Cholera in southern India
Disease focus: Cholera
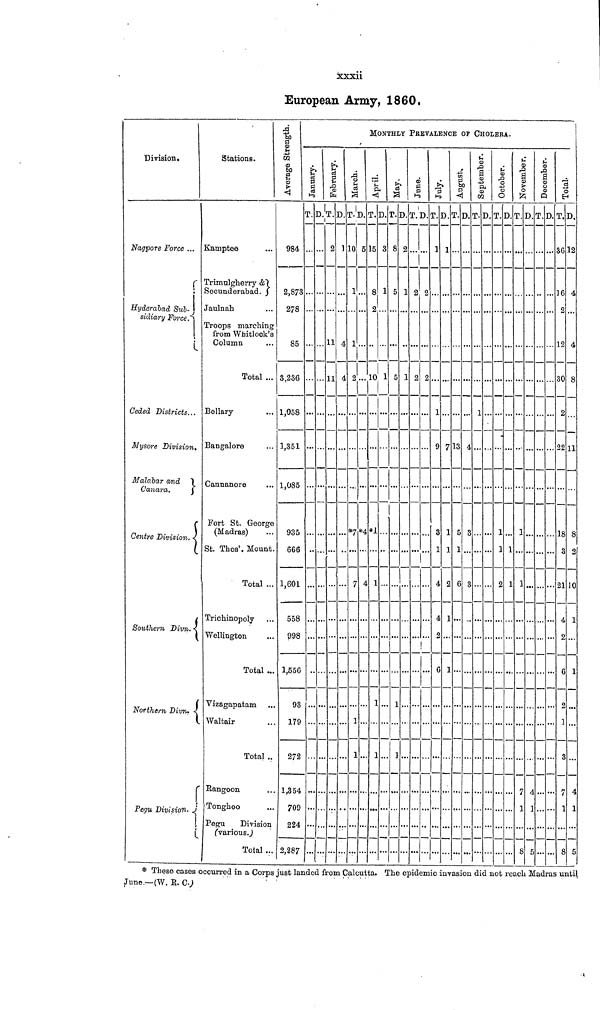
xxxii
European Army, 1860.
Division.
Nagpore Force ...
Hyderabad Sub.
sidiary Force
Ceded Districts...
Mysore Division.
Malabar and
Canara.
Centre Division. <
Southern Divn.
Northern Divn.
Pegu Division.
Stations.
Kamptee
...
Trimulgherry &
Secunderabad.
Jaulnah
Troops marching
from Whitlock's
Column
Total ...
3ellary
Bangalore
Cannanore
Fort St. George
(Madras)
St. Thos'. Mount.
Total ...
Wellington
Total ...
Vizagapatam
Waltair
Total ..
Tonghoo
Pegu
Division
(Various)
Total ...
Average Strength
984
2,873
278
85
3,236
1,058
1,351
1,085
935
666
1,601
558
998
1,556
93
179
272
1,354
709
224
2,287
J anuar y.
T.
••
D.
••
February.
T.
2
11
11
...
...
D.
1
4
4
..
MONTHLY PREVALENCE OF CHOLERA.
March.
T.
10
1
1
2
*7
7
D.
5
*4
4
1
1
April.
T.
15
8
2
10
...
*1
1
D.
1
1
1
1
May.
T.
8
5
5
1
..
D.
2
1
1
1
1
June.
T.
2
2
D.
2
2
July.
T.
1
. 1
9
.. 4
..
..
D.
]
..
7
2
4
6
August.
T.
13
1
6
1
D.
4
5
3
September.
T.
3 ..
D.
October.
T.
1
2
D.
•
1
November
T.
1
D.
...
December.
T.
••
•
D.
Total
T.
36
16
2
12
30
2
22
18
3
21
D.
12
4
4
8
11
8
2
10
1
1
4
1
* These cases occurred in a Corps just landed from Calcutta. The epidemic invasion did not reach Madras until.
June.—(W. E. C.)